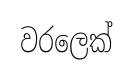
වරලෙක්